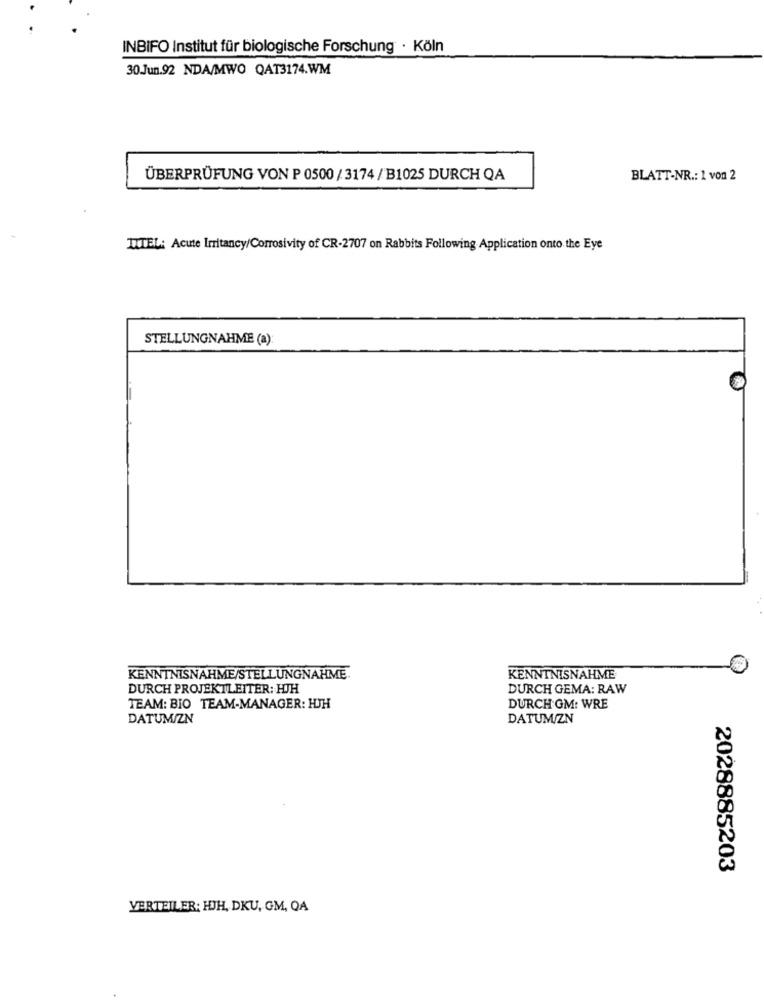
INBIFO Institut für biologische Forschung · Köln
30.Jun.92 NDA/MWO QAT3174.WM
ÜBERPRÜFUNG VON P 0500 / 3174 / B1025 DURCH QA
BLATT-NR .: 1 von 2
TITEL: Acute Irritancy/Corrosivity of CR-2707 on Rabbits Following Application onto the Eye
STELLUNGNAHME (a):
KENNTNISNAHME/STELLUNGNAHME.
KENNTNISNAHME
DURCH PROJEKTLEITER: HJH
DURCH GEMA: RAW
TEAM: BIO TEAM-MANAGER: HJH
DURCH GM: WRE
DATUM/ZN
DATUM/ZN
2028885203
VERTEILER: HJH, DKU, GM, QA